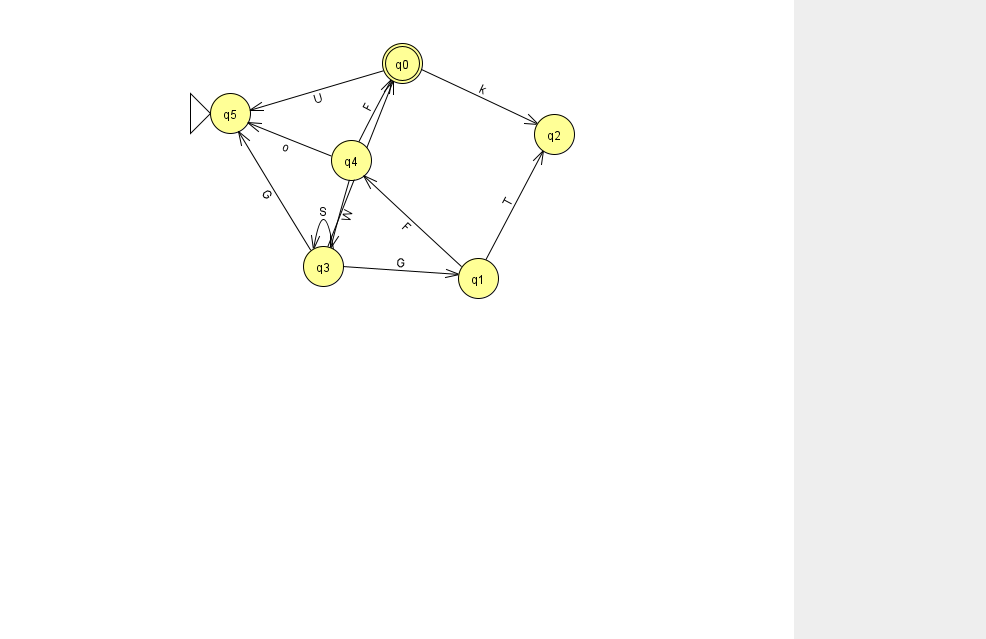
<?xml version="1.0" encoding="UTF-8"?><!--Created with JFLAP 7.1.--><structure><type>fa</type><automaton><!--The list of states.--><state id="0" name="q0"><x>402.0</x><y>50.0</y><final/></state><state id="1" name="q1"><x>478.0</x><y>265.0</y></state><state id="2" name="q2"><x>554.0</x><y>121.0</y></state><state id="3" name="q3"><x>323.0</x><y>253.0</y></state><state id="4" name="q4"><x>351.0</x><y>147.0</y></state><state id="5" name="q5"><x>230.0</x><y>100.0</y><initial/></state><!--The list of transitions.--><transition><from>4</from><to>5</to><read>o</read></transition><transition><from>3</from><to>3</to><read>S</read></transition><transition><from>4</from><to>3</to><read>W</read></transition><transition><from>3</from><to>0</to><read>T</read></transition><transition><from>4</from><to>0</to><read>F</read></transition><transition><from>0</from><to>2</to><read>k</read></transition><transition><from>0</from><to>5</to><read>U</read></transition><transition><from>3</from><to>5</to><read>G</read></transition><transition><from>3</from><to>1</to><read>G</read></transition><transition><from>1</from><to>2</to><read>T</read></transition><transition><from>1</from><to>4</to><read>F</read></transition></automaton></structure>